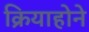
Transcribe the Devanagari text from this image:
क्रियाहोने